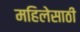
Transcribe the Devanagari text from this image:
महिलेसाठी